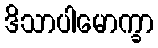
ဒိသာပါမောက္ခာ